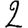
Digit: 2